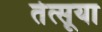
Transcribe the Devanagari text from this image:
तेत्सूया